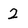
Character: 2